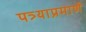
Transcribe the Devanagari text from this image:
पत्र्याप्रमाणे